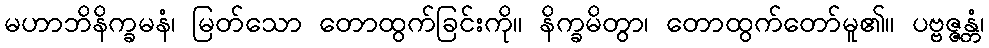
မဟာဘိနိက္ခမနံ၊ မြတ်သော တောထွက်ခြင်းကို။ နိက္ခမိတွာ၊ တောထွက်တော်မူ၏။ ပဗ္ဗဇ္ဇန္တံ၊